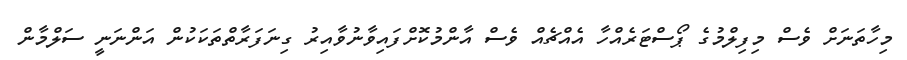
މިހާތަނަށް ވެސް މިފިލްމުގެ ޕޯސްޓަރެއްހާ އެއްޗެއް ވެސް އާންމުކޮށްފައިވާނުވާއިރު ގިނަފަރާތްތަކަކުން އަންނަނީ ސަލްމާން